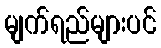
မျက်ရည်များပင်